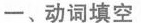
一、动词填空